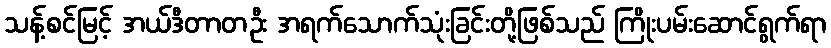
သန့်စင်မြင့် အယ်ဒီတာတဦး အရက်သောက်သုံးခြင်းတို့ဖြစ်သည် ကြိုးပမ်းဆောင်ရွက်ရာ